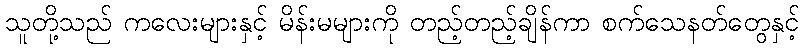
သူတို့သည် ကလေးများနှင့် မိန်းမများကို တည့်တည့်ချိန်ကာ စက်သေနတ်တွေနှင့်